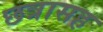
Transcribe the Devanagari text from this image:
छत्रासह